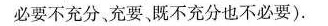
必要不充分、充要、既不充分也不必要)。